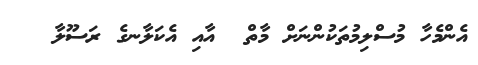
އެންމެހާ މުސްލިމުތަކުންނަށް މާތް  އާއި އެކަލާނގެ ރަސޫލާ